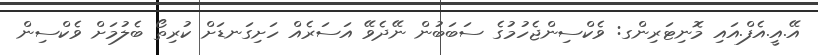
އޭ.އީ.އެފް.އައި މޮނިޓަރިންގ: ވެކްސިންޖެހުމުގެ ސަބަބުން ނޭދެވޭ އަސަރެއް ހަށިގަނޑަށް ކުރިތޯ ބެލުމަށް ވެކްސިން